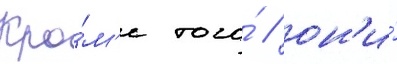
Кро́м'е того́ / он'и́